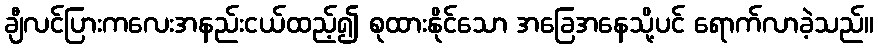
ချီလင်ပြားကလေးအနည်းငယ်ထည့်၍ စုထားနိုင်သော အခြေအနေသို့ပင် ရောက်လာခဲ့သည်။